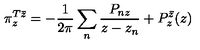
\pi _ { z } ^ { T \bar { z } } = - \frac { 1 } { 2 \pi } \sum _ { n } \frac { P _ { n z } } { z - z _ { n } } + P _ { z } ^ { \bar { z } } ( z )